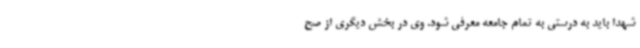
شهدا باید به درستی به تمام جامعه معرفی شود. وی در بخش دیگری از صح